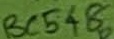
Text: BC548